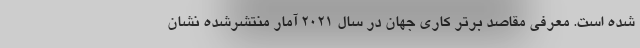
شده است. معرفی مقاصد برتر کاری جهان در سال ۲۰۲۱ آمار منتشرشده نشان